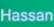
Hassan